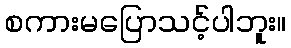
စကားမပြောသင့်ပါဘူး။